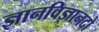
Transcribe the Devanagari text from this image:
ज्ञानविज्ञानदो